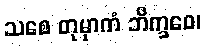
သစေ တုမှာကံ ဘိက္ခဝေ၊